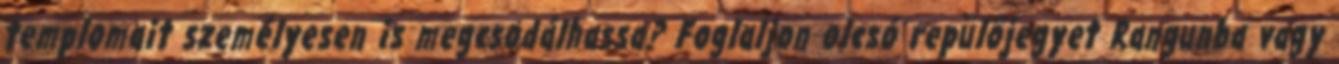
templomait személyesen is megcsodálhassa? Foglaljon olcsó repülőjegyet Rangunba vagy